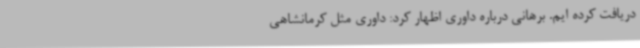
دریافت کرده ایم. برهانی درباره داوری اظهار کرد: داوری مثل کرمانشاهی